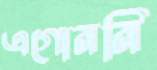
এগোননি